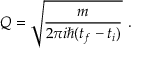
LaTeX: Q = { \sqrt { \frac { m } { 2 \pi i \hbar ( t _ { f } - t _ { i } ) } } } ~ .